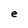
Character: e